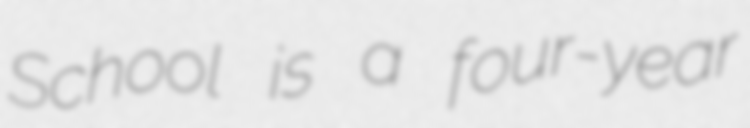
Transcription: School is a four-year